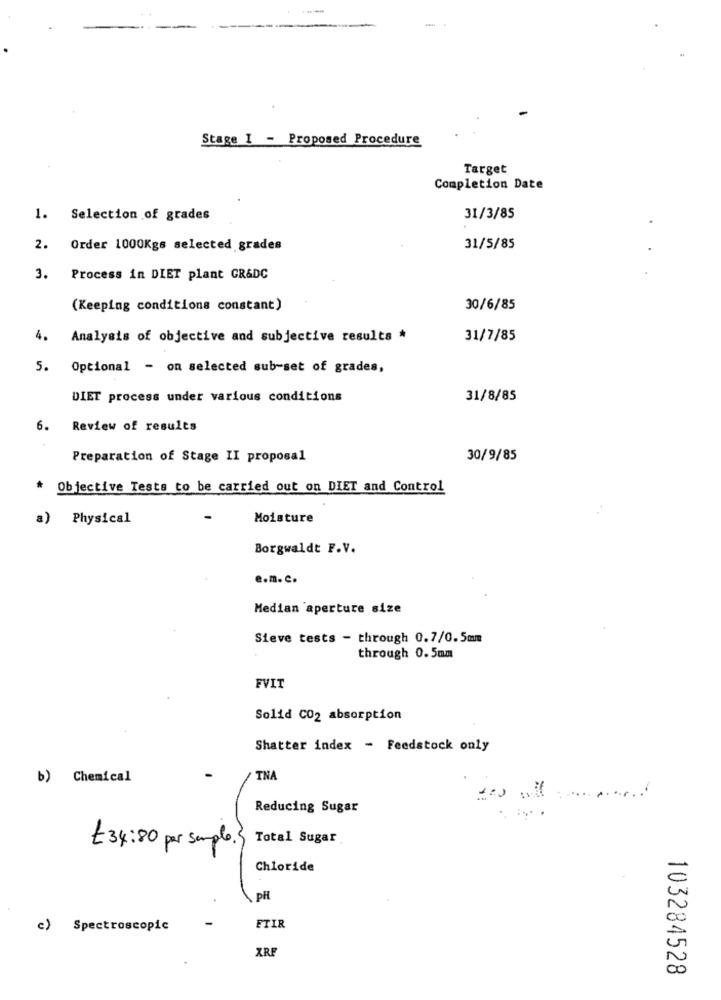
Stage I - Proposed Procedure
Target
Completion Date
1. Selection of grades
31/3/85
2. Order 1000Kgs selected grades
31/5/85
3.
Process in DIET plant GR&DC
(Keeping conditions constant)
30/6/85
4.
Analysis of objective and subjective results *
31/7/85
5. Optional - on selected sub-set of grades,
DIET process under various conditions
31/8/85
6. Review of results
Preparation of Stage II proposal
30/9/85
* Objective Tests to be carried out on DIET and Control
a) Physical
Moisture
Borgwaldt F.V.
e.m.c.
Median aperture size
Sieve tests - through 0.7/0.5mm
through 0.5mm
FVIT
Solid CO2 absorption
Shatter index - Feedstock only
b) Chemical
TNA
Reducing Sugar
Total Sugar
t 34:80 per sample.
Chloride
PH
c) Spectroscopic
FTIR
XRF
103284528